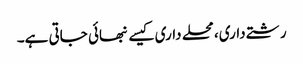
رشتے داری، محلے داری کیسے نبھائی جاتی ہے۔